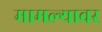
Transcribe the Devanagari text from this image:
मामल्यावर